Annual report of the Imperial Bacteriological Laboratory, Muktesar
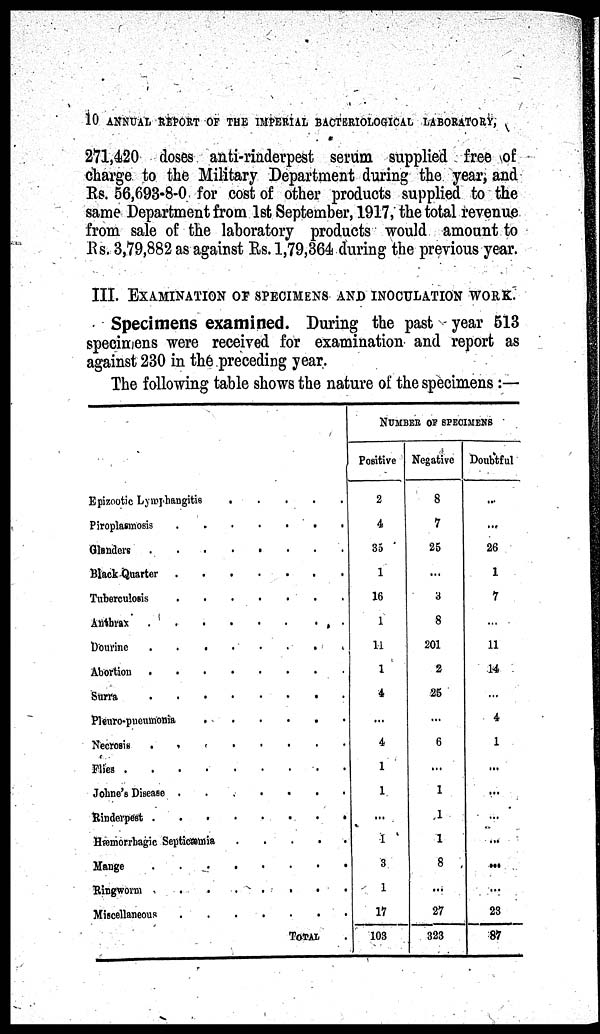
10 ANNUAL REPORT OF THE IMPERIAL BACTERIOLOGICAL LABORATORY,
271,420 doses anti-rinderpest serum supplied free of
charge to the Military Department during the year, and
Rs. 56,693-8-0 for cost of other products supplied to the
same Department from 1st September, 1917, the total revenue
from sale of the laboratory products would amount to
Rs. 3,79,882 as against Rs. 1,79,364 during the previous year.
III. EXAMINATION OF SPECIMENS AND INOCULATION WORK.
Specimens examined. During the past year 513
specimens were received for examination and report as
against 230 in the preceding year.
The following table shows the nature of the specimens:—
Epizootic Lymphangitis
Piroplasmosis
.
.
Glanders
.
Black Quarter
.......
Tuberculosis
........
Anthrax. ......
.
Dourine
.
.
.
.
.
.
.
.
Abortion
........
Surra
.
Pleuro-pneumonia.
......
Necrosis
.......
Flies
.........
Johne's Disease
.......
Rinderpest
.....
Hæmorrhagic Septicæmia
.....
Mange
........
Ringworm
......
Miscellaneous
.......
TOTAL
NUMBER OF SPECIMENS
Positive
2
4
35
1
16
1
11
1
4
...
4
1
1
...
1
3
1
17
103
Negative
8
7
25
...
3
8
201
2
25
...
6
...
1
1
1
8
...
27
323
Doubtful
...
...
26
1
7
...
11
14
...
4
1
...
...
...
...
...
...
23
87